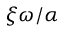
\xi \omega / \alpha